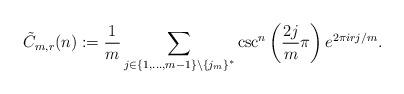
LaTeX: \begin{align*}\tilde{C}_{m,r}(n):=\frac{1}{m}\sum_{j\in\{1,\ldots, m-1\}\setminus\{j_m\}^\ast} \csc^{n}\left(\frac{2j }{m}\pi\right) e^{2\pi i r j /m}.\end{align*}